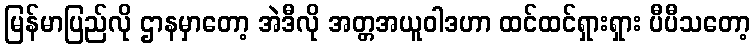
မြန်မာပြည်လို ဌာနမှာတော့ အဲဒီလို အတ္တအယူဝါဒဟာ ထင်ထင်ရှားရှား ပီပီသတော့